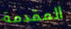
المقدمة